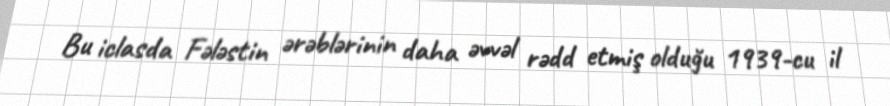
Bu iclasda Fələstin ərəblərinin daha əvvəl rədd etmiş olduğu 1939-cu il